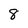
Character: 8